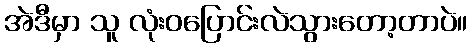
အဲဒီမှာ သူ လုံးဝပြောင်းလဲသွားတော့တာပဲ။